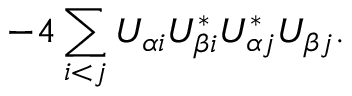
- 4 \sum _ { i < j } U _ { \alpha i } U _ { \beta i } ^ { * } U _ { \alpha j } ^ { * } U _ { \beta j } .